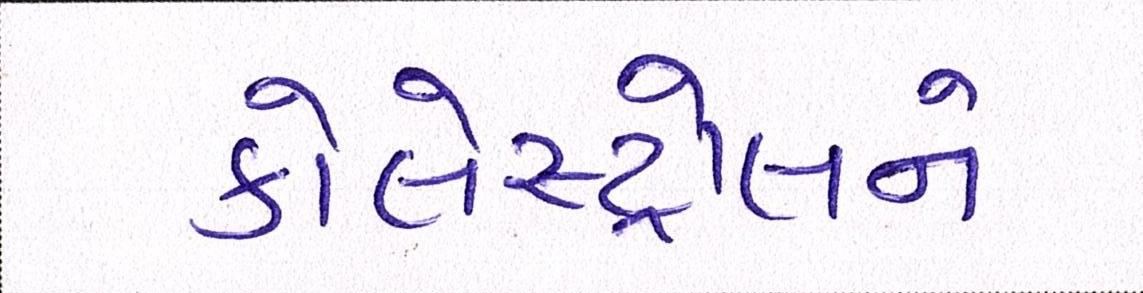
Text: કોલેસ્ટ્રોલને